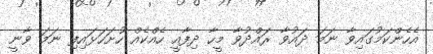
އެހެންކަމުގައިވާ ނަމަ ދައުވާ ރައްދުވާ މީހާ ދިފާއީ ހެއްކެއް ހުށަހަޅައިފި ނަމަ ވާނީ